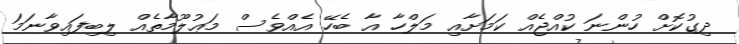
ދިގުކޮށް ހުންނަ ކުއްޖެއް ކަމަށާއި މަލްހާ އާ ބެހޭ އެއްވެސް މަޢުލޫމާތެއް ލިބިފައިވާނަމަ